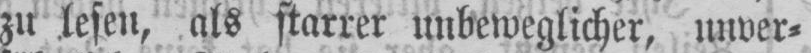
zu lesen, als starrer unbeweglicher, unver⸗